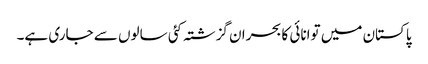
پاکستان میں توانائی کا بحران گزشتہ کئی سالوں سے جاری ہے۔